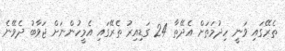
ތެރޭގައި ވަނީ ހިދުމަތަށް އެދޭތާ 24 ގަޑިއިރު ތެރޭގައި އެމީހުންނަށް ޖަވާބު ދެވޭނެ